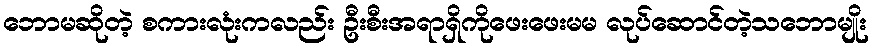
ဘောမဆိုတဲ့ စကားလုံးကလည်း ဦးစီးအရာရှိကိုဖေးဖေးမမ လုပ်ဆောင်တဲ့သဘောမျိုး